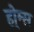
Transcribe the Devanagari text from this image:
हो्म्स